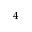
^ 4